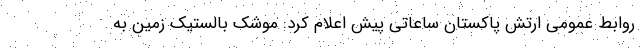
روابط عمومی ارتش پاکستان ساعاتی پیش اعلام کرد: موشک بالستیک زمین به